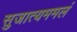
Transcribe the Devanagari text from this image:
सुजात्यममलं